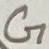
Text: G